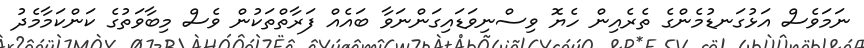
ނަމަވެސް އަޅުގަނޑުމެންގެ ތެރެއިން ހެޔޮ ވިސްނިވަޑައިގަންނަވާ ބައެއް ފަރާތްތަކުން ވެސް މިބާވަތުގެ ކަންކަމާމެދު